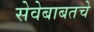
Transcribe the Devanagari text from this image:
सेवेबाबतचे